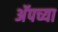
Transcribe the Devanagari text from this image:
अॅपच्या